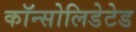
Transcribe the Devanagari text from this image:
कॉन्सोलिडेटेड